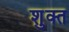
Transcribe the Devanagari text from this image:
शुक्त